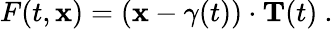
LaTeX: F(t,{\mathbf{x}})=({\mathbf{x}}-\gamma(t))\cdot{\mathbf{T}}(t)\ .